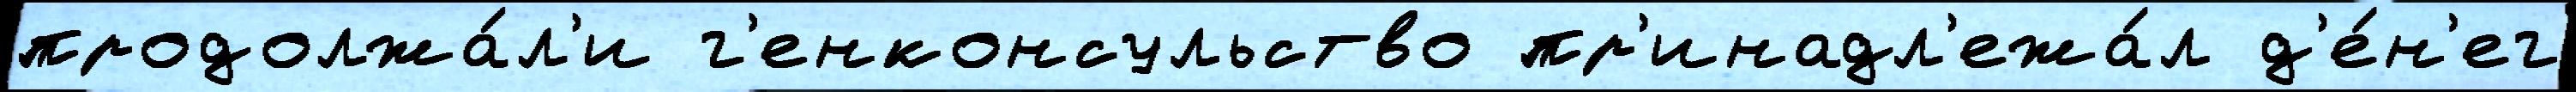
продолжа́л'и г'енконсульство пр'инадл'ежа́л д'е́н'ег